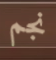
نجم